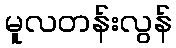
မူလတန်းလွန်